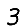
Digit: 3